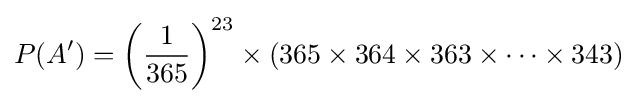
P(A')=\left({\frac {1}{365}}\right)^{23}\times (365\times 364\times 363\times \cdots \times 343)